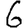
Digit: 6